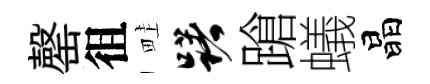
罄徂畦躇蹌蟻晶